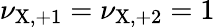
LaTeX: \nu_{\mathrm{X},+1}=\nu_{\mathrm{X},+2}=1